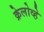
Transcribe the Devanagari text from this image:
क्रेलोव्हे